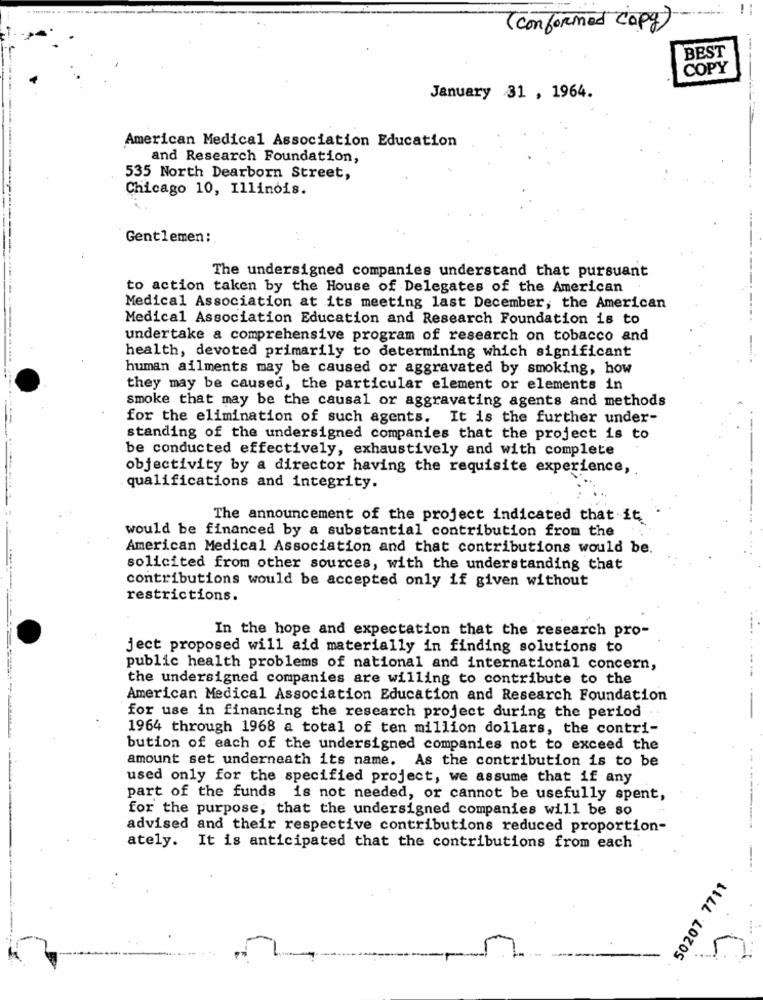
!
( con formed copy)
BEST
COPY
January 31 , 1964.
American Medical Association Education
and Research Foundation,
535 North Dearborn Street,
Chicago 10, Illinois.
Gentlemen:
The undersigned companies understand that pursuant
to action taken by the House of Delegates of the American
Medical Association at its meeting last December, the American
Medical Association Education and Research Foundation is to
undertake a comprehensive program of research on tobacco and
health, devoted primarily to determining which significant
human ailments may be caused or aggravated by smoking, how
they may be caused, the particular element or elements in
smoke that may be the causal or aggravating agents and methods
for the elimination of such agents. It is the further under-
standing of the undersigned companies that the project is to
be conducted effectively, exhaustively and with complete
objectivity by a director having the requisite experience,
qualifications and integrity.
The announcement of the project indicated that it
would be financed by a substantial contribution from the
American Medical Association and that contributions would be.
solicited from other sources, with the understanding that
contributions would be accepted only if given without
restrictions.
In the hope and expectation that the research pro-
ject proposed will aid materially in finding solutions to
public health problems of national and international concern,
the undersigned companies are willing to contribute to the
American Medical Association Education and Research Foundation
for use in financing the research project during the period
1964 through 1968 a total of ten million dollars, the contri-
bution of each of the undersigned companies not to exceed the
amount set underneath its name. As the contribution is to be
used only for the specified project, we assume that if any
part of the funds is not needed, or cannot be usefully spent,
-----
for the purpose, that the undersigned companies will be so
advised and their respective contributions reduced proportion-
ately. It is anticipated that the contributions from each
50207. 7711
....